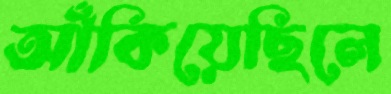
আঁকিয়েছিলে